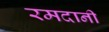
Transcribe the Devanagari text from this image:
रमदानी